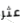
عثر